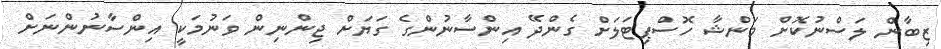
ޒިބާން ލަސްނުކޮށް މަންޝާ ހޮސްޕިޓަލަށް ގެންދޭ އިންސާނުންގެ ގަޔަށް ޖިންނިން ވަނުމަކީ އިންސާނުންނަށް